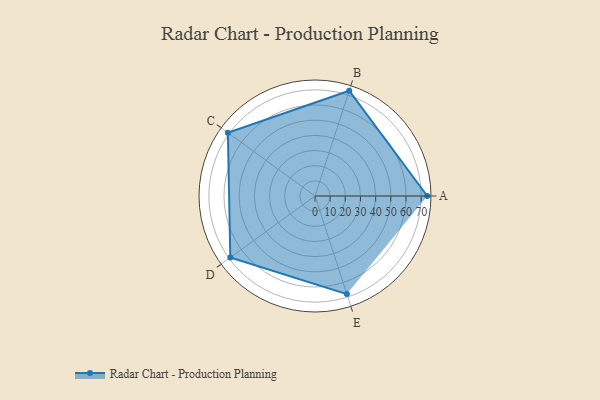
{"axis": {"x": "Skill", "y": "Score"}, "legend": ["Profile"], "data": [{"x": "A", "y": 74.0, "type": "Profile"}, {"x": "B", "y": 73.0, "type": "Profile"}, {"x": "C", "y": 71.0, "type": "Profile"}, {"x": "D", "y": 69.0, "type": "Profile"}, {"x": "E", "y": 68.0, "type": "Profile"}]}